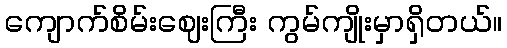
ကျောက်စိမ်းဈေးကြီး ကွမ်ကျိုးမှာရှိတယ်။